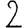
Digit: 2